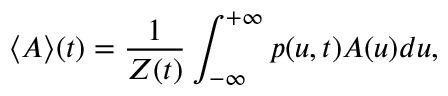
\langle A \rangle ( t ) = \frac { 1 } { Z ( t ) } \int _ { - \infty } ^ { + \infty } p ( u , t ) A ( u ) d u ,